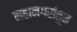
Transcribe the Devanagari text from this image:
महानगरांतून